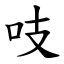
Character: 吱